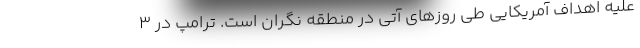
علیه اهداف آمریکایی طی روزهای آتی در منطقه نگران است. ترامپ در 3